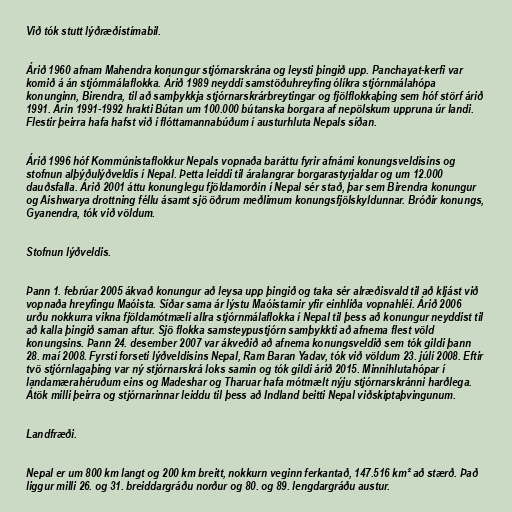
Við tók stutt lýðræðistímabil.

Árið 1960 afnam Mahendra konungur stjórnarskrána og leysti þingið upp. Panchayat-kerfi var
komið á án stjórnmálaflokka. Árið 1989 neyddi samstöðuhreyfing ólíkra stjórnmálahópa
konunginn, Birendra, til að samþykkja stjórnarskrárbreytingar og fjölflokkaþing sem hóf störf árið
1991. Árin 1991-1992 hrakti Bútan um 100.000 bútanska borgara af nepölskum uppruna úr landi.
Flestir þeirra hafa hafst við í flóttamannabúðum í austurhluta Nepals síðan.

Árið 1996 hóf Kommúnistaflokkur Nepals vopnaða baráttu fyrir afnámi konungsveldisins og
stofnun alþýðulýðveldis í Nepal. Þetta leiddi til áralangrar borgarastyrjaldar og um 12.000
dauðsfalla. Árið 2001 áttu konunglegu fjöldamorðin í Nepal sér stað, þar sem Birendra konungur
og Aishwarya drottning féllu ásamt sjö öðrum meðlimum konungsfjölskyldunnar. Bróðir konungs,
Gyanendra, tók við völdum.

Stofnun lýðveldis.

Þann 1. febrúar 2005 ákvað konungur að leysa upp þingið og taka sér alræðisvald til að kljást við
vopnaða hreyfingu Maóista. Síðar sama ár lýstu Maóistarnir yfir einhliða vopnahléi. Árið 2006
urðu nokkurra vikna fjöldamótmæli allra stjórnmálaflokka í Nepal til þess að konungur neyddist til
að kalla þingið saman aftur. Sjö flokka samsteypustjórn samþykkti að afnema flest völd
konungsins. Þann 24. desember 2007 var ákveðið að afnema konungsveldið sem tók gildi þann
28. maí 2008. Fyrsti forseti lýðveldisins Nepal, Ram Baran Yadav, tók við völdum 23. júlí 2008. Eftir
tvö stjórnlagaþing var ný stjórnarskrá loks samin og tók gildi árið 2015. Minnihlutahópar í
landamærahéruðum eins og Madeshar og Tharuar hafa mótmælt nýju stjórnarskránni harðlega.
Átök milli þeirra og stjórnarinnar leiddu til þess að Indland beitti Nepal viðskiptaþvingunum.

Landfræði.

Nepal er um 800 km langt og 200 km breitt, nokkurn veginn ferkantað, 147.516 km² að stærð. Það
liggur milli 26. og 31. breiddargráðu norður og 80. og 89. lengdargráðu austur.